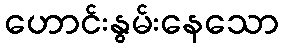
ဟောင်းနွမ်းနေသော